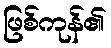
ဖြစ်ကုန်၏